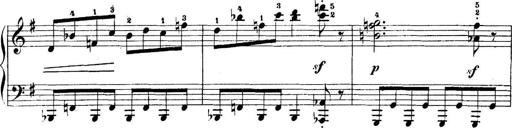
Title: 5 Sonatinas
Composer: Theodor Kirchner